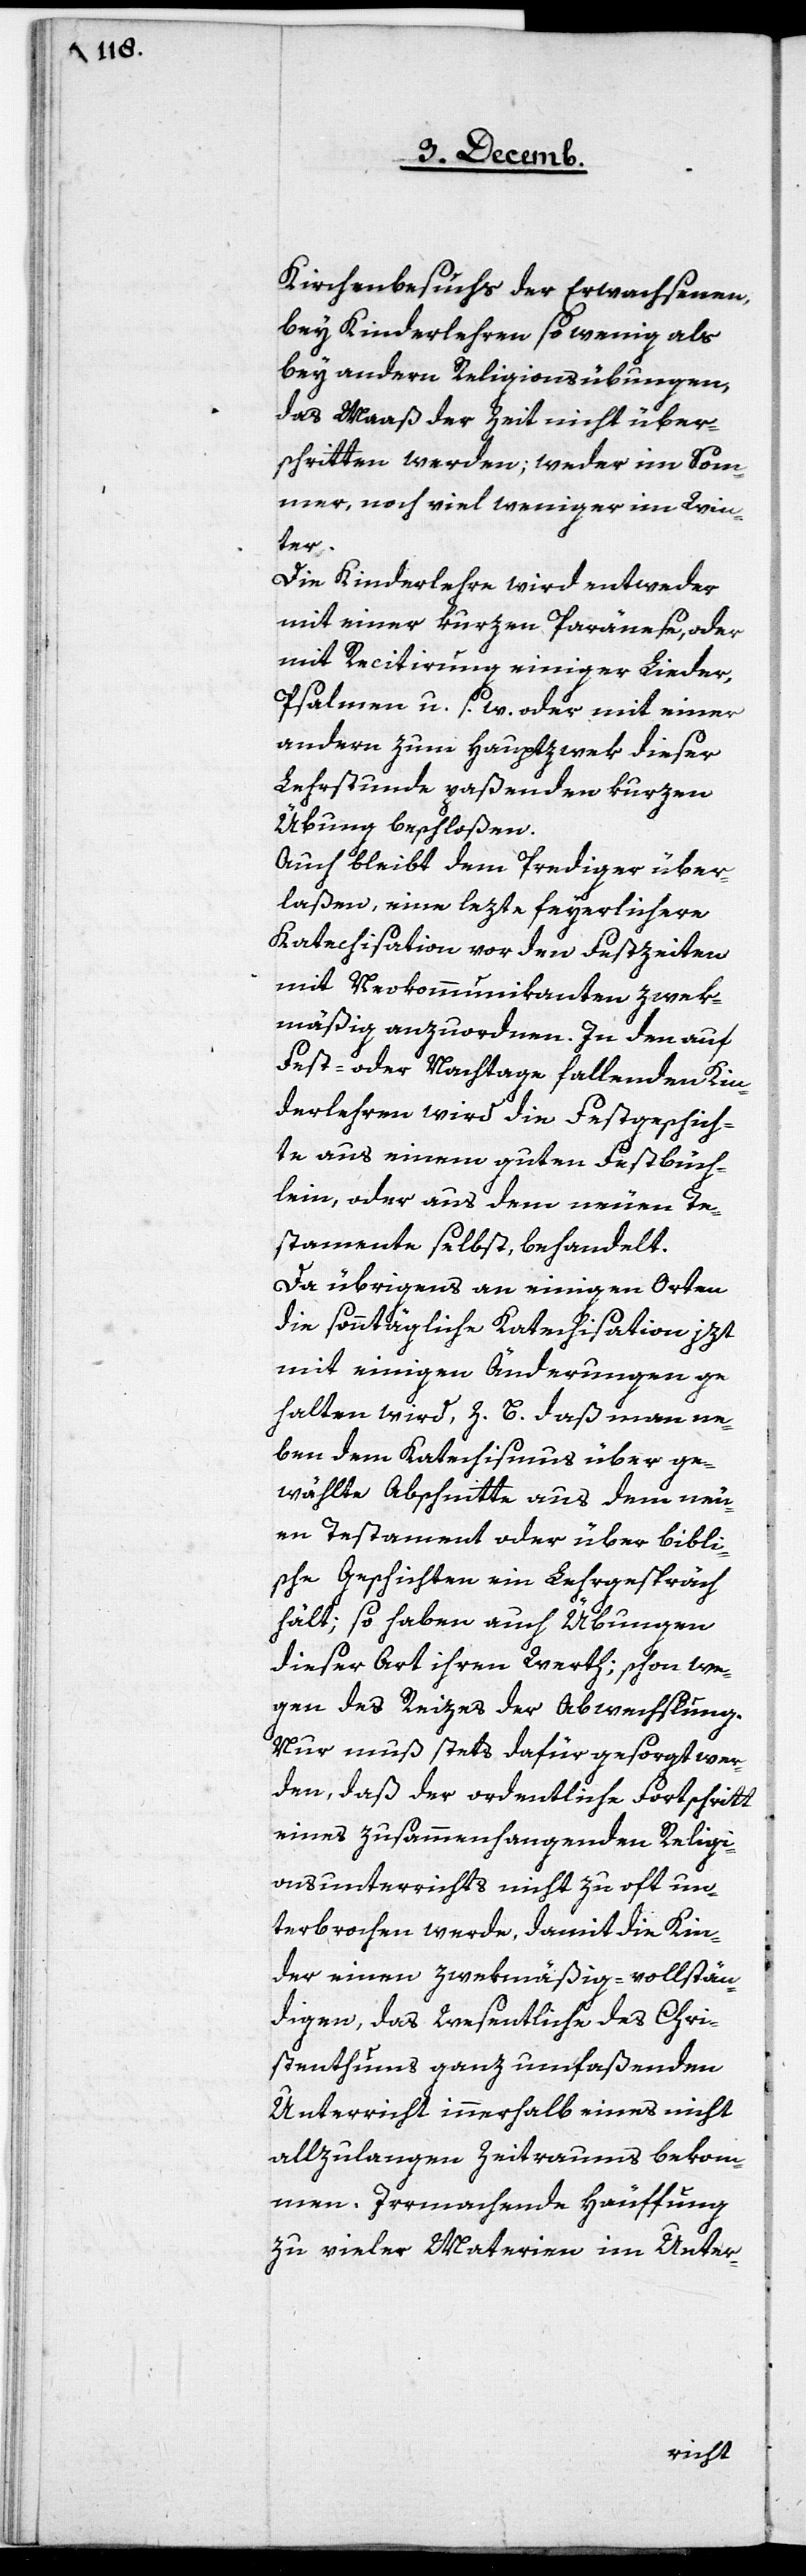
Kirchenbesuchs der Erwachsenen,
bey Kinderlehren so wenig als
bey andern Religionsübungen,
das Maaß der Zeit nicht über¬
schritten werden; weder im Som¬
mer, noch viel weniger im Win¬
ter.
Die Kinderlehre wird entweder
mit einer kurzen Paränese, oder
mit Recitierung einiger Lieder,
Psalmen u. s. w. oder mit einer
andern zum Haupzwek dieser
Lehrstunde paßenden kurzen
Übung beschloßen.
Auch bleibt dem Prediger über¬
laßen, eine lezte feyerlichere
Katechisation vor den Feszeiten
mit Neukommunikanten zwek¬
mäßig anzuordnen. In den auf
Fest- oder Nachtage fallenden Kin¬
derlehren wird die Festgeschich¬
te aus einem guten Festbüch¬
lein, oder aus dem neuen Te¬
stamente selbst, behandelt.
Da übrigens an einigen Orten
die sonntägliche Katechisation jezt
mit einigen Änderungen ge¬
halten wird, z. B. daß man ne¬
ben dem Katechismus über ge¬
wählte Abschnitte aus dem neu¬
en Testament oder über bibli¬
sche Geschichten ein Lehrgespräch
hält; so haben auch Übungen
dieser Art ihren Werth; schon we¬
gen des Reizes der Abwechslung.
Nur muß stets dafür gesorgt wer¬
den, daß der ordentliche Fortschritt
eines zusammenhangenden Religi¬
onsunterrichts nicht zu oft un¬
terbrochen werde, damit die Kin¬
der einen zwekmäßig-vollstän¬
digen, das Wesentliche des Chri¬
stenthums ganz umfaßenden
Unterricht innerhalb eines nicht
allzulangen Zeitraums bekom¬
men. Irrmachende Häuffung
zu vieler Materien im Unter-